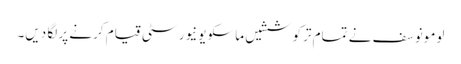
لومونوسف نے تمام ترکوششیں ماسکو یونیورسٹی قیام کرنے پر لگا دیں۔